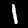
Digit: 1